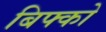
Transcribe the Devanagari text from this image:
बिफ्को